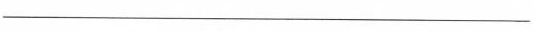
___